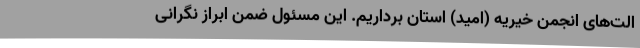
الت‌های انجمن خیریه (امید) استان برداریم. این مسئول ضمن ابراز نگرانی